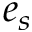
e _ { s }